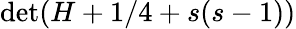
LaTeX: \operatorname*{det}(H+1/4+s(s-1))